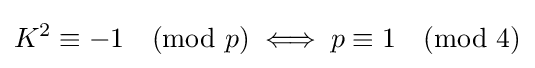
K^{2}\equiv -1{\pmod {p}}\iff p\equiv 1{\pmod {4}}